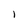
Character: l